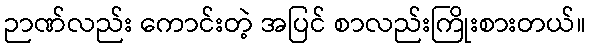
ဉာဏ်လည်း ကောင်းတဲ့ အပြင် စာလည်းကြိုးစားတယ်။